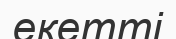
екетті